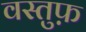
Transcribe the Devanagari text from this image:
वस्तुफ़